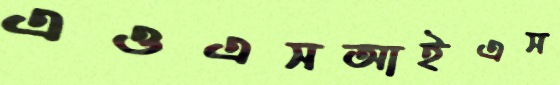
এওএসআইএস